Vaccination United Provinces of Agra and Oudh 1902-1913 - 1902-1913
Year: 1902
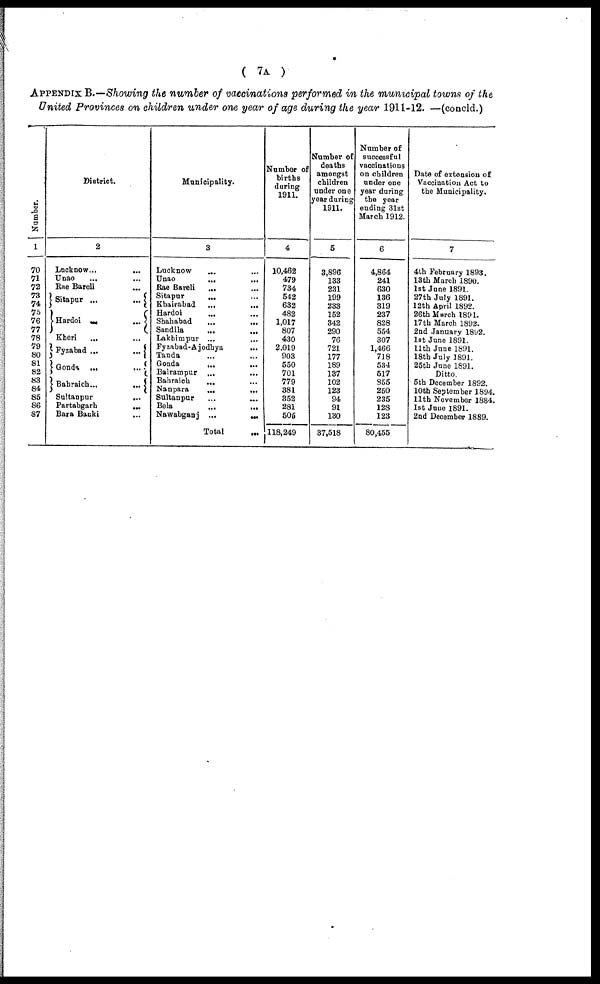
( 7A )
APPENDIX B.—Showing the number of vaccinations performed in the municipal towns of the
United Provinces on children under one year of age during the year 1911-12. —(concld.)
Number.
1
70
71
72
73
74
75
76
77
78
79
80
81
82
83
84
85
86
87
District.
2
Lucknow ... ...
Unao ... ...
Rae Bareli ...
Sitapur ...
...
Hardoi
...
...
Kheri ... ...
Fyzabad ...
...
Gonda ...
...
Bahraich ...
...
Sultanpur
...
Partabgarh
...
Bara Banki ...
Municipality.
3
Lucknow
... ...
Unao
...
...
Rae Bareli
... ...
Sitapur
... ...
Khairabad
...
...
Hardoi
... ...
Shahabad
...
...
Sandila
...
...
Lakhimpur ... ...
Fyzabad-Ajodhya
...
Tanda ... ...
Gonda
...
...
Balrampur ... ...
Bahraich ... ...
Nanpara
...
...
Sultanpur
...
...
Bela ... ...
Nawabganj ...
...
Total ...
Number of
births
during
1911.
4
10,462
479
734
542
632
482
1,017
807
430
2,019
903
550
701
779
381
352
281
505
118,249
Number of
deaths
amongst
children
under one
year during
1911.
5
3,896
133
231
199
233
152
342
290
76
721
177
189
137
102
123
94
91
130
37,518
Number of
successful
vaccinations
on children
under one
year during
the year
ending 31st
March 1912.
6
4,864
241
630
136
319
237
828
554
307
1,466
718
534
517
855
250
235
128
123
80,455
Date of extension of
Vaccination Act to
the Municipality.
7
4th February 1893.
13th March 1890.
1st June 1891.
27th July 1891.
12th April 1892.
26th March 1891.
17th March 1892.
2nd January 1892.
1st June 1891.
11th June 1891.
18th July 1891.
25th June 1891.
Ditto.
5th December 1892.
10th September 1894.
11th November 1884.
1st June 1891.
2nd December 1889.